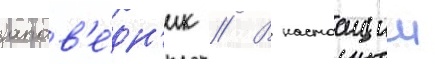
запов'е́дн'ик // В настоащии